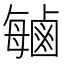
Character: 𫜈